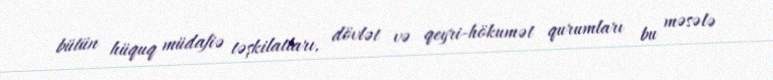
bütün hüquq müdafiə təşkilatları, dövlət və qeyri-hökumət qurumları bu məsələ